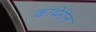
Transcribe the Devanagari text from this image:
काथेरीन